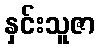
နှင်းသူဇာ